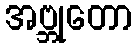
အဗ္ဘုတော